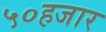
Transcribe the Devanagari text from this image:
५०हजार